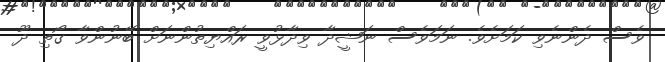
ވެސް ދެންނެވި ކަމަށެވެ. ނަމަވެސް ނަޝީދާ ވިދާޅުވީ ރައްޔިތުންނަށް ބޭނުންވާ ގޯތި ދޫ